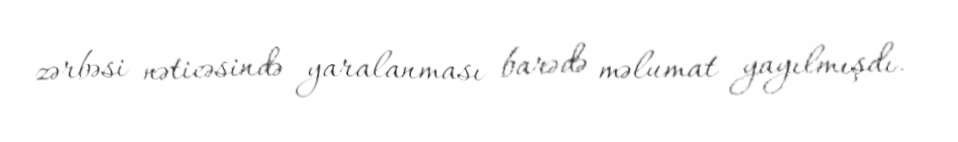
zərbəsi nəticəsində yaralanması barədə məlumat yayılmışdı.